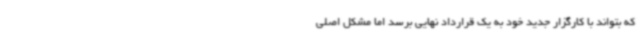
که بتواند با کارگزار جدید خود به یک قرارداد نهایی برسد اما مشکل اصلی